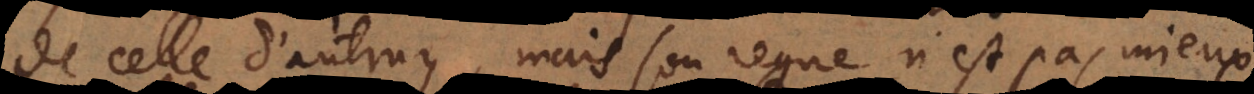
de celle d’autruy, mais son regne n’est pas mieux